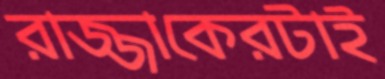
রাজ্জাকেরটাই